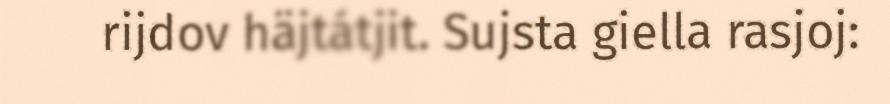
rijdov häjtátjit. Sujsta giella rasjoj: